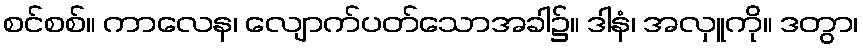
စင်စစ်။ ကာလေန၊ လျောက်ပတ်သောအခါ၌။ ဒါနံ၊ အလှူကို။ ဒတွာ၊